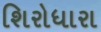
શિરોધારા